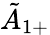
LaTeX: {\tilde{A}}_{1+}